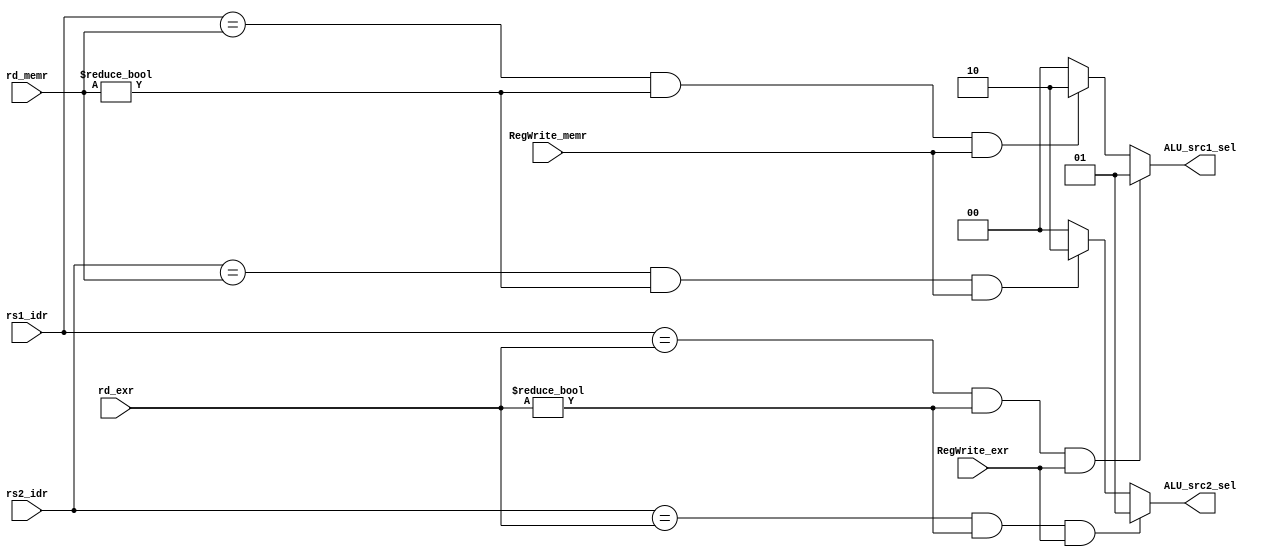
//No sirve
/**
	Dudas: 
		Para qu es el MUX que toma rs, rt y rd?
		Este mdulo slo controla los mux de los operandos de la ALU?
		Slo compara los rd, verdad?
**/
module Forwarding(
	input [4:0] rs1_idr,
	input [4:0] rs2_idr, 
	input [4:0] rd_exr, 
	input [4:0] rd_memr,
	input RegWrite_exr,
	input RegWrite_memr, 
	output reg 	[1:0] ALU_src1_sel,  
	output reg 	[1:0] ALU_src2_sel
); 
	always@(*) begin 
		if((rs1_idr==rd_exr)&(rd_exr!=5'b0)&(RegWrite_exr)) 
			ALU_src1_sel <= 2'b01; 
		else begin 
			if((rs1_idr==rd_memr)&(rd_memr!=5'b0)&(RegWrite_memr))
				ALU_src1_sel <= 2'b10;
			else
				ALU_src1_sel <= 2'b00;
		end 
	end 
	always@(*) begin 
		if((rs2_idr==rd_exr)&(rd_exr!=5'b0)&(RegWrite_exr)) 
			ALU_src2_sel <= 2'b01; 
		else begin 
			if((rs2_idr==rd_memr)&(rd_memr!=5'b0)&(RegWrite_memr))
				ALU_src2_sel <= 2'b10;
			else
				ALU_src2_sel <= 2'b00;
		end 
	end  
endmodule